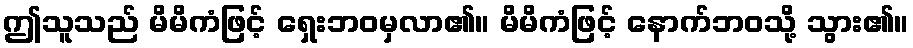
ဤသူသည် မိမိကံဖြင့် ရှေးဘဝမှလာ၏။ မိမိကံဖြင့် နောက်ဘဝသို့ သွား၏။